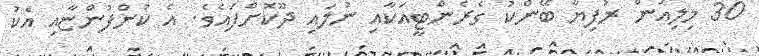
30 މިލިއަން ރުފިޔާ ބޭންކު ގެރެންޓީއަކާއި ނުލައި ދޫކޮށްފައެވެ. އެ ކުންފުންޏާއި އެކު